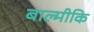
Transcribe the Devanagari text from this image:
बाल्‍मीकि